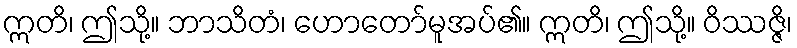
ဣတိ၊ ဤသို့။ ဘာသိတံ၊ ဟောတော်မူအပ်၏။ ဣတိ၊ ဤသို့။ ဝိဿဇ္ဇိ၊